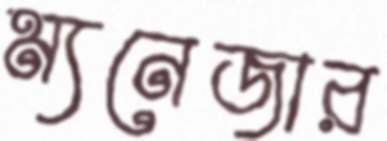
ম্যনেজার